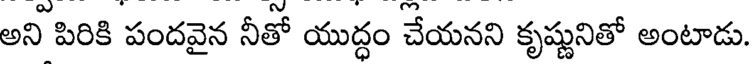
అని పిరికి పందవైన నీతో యుద్ధం చేయనని కృష్ణునితో అంటాడు.